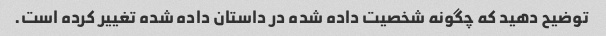
توضیح دهید که چگونه شخصیت داده شده در داستان داده شده تغییر کرده است.